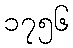
၁၇၅၆